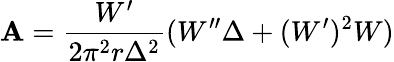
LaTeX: \mathbf{A}=\frac{{W^{\prime}}}{{2\pi^{2}r\Delta^{2}}}(W^{\prime\prime}\Delta+(W^{\prime})^{2}W)